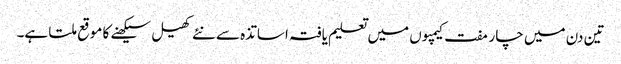
تین دن میں چار مفت کیمپوں میں تعلیم یافتہ اساتذہ سے نئے کھیل سیکھنے کا موقع ملتا ہے۔